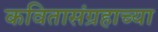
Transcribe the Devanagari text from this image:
कवितासंग्रहाच्या